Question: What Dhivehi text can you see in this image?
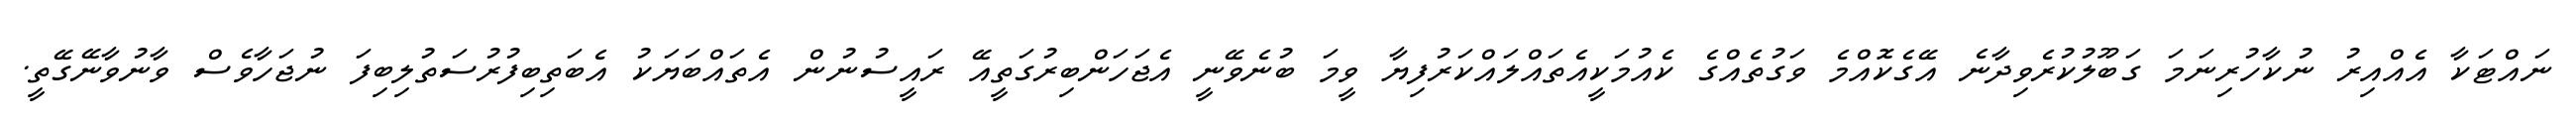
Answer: ނައްޓަކާ އެއްއިރު ނުކާހުރިނަމަ ގަބޫލުކުރެވިދާނެ އޭގެކޮއްމެ ވަގުތެއްގެ ކެއުމަކީއެތައްލައްކަރުފިޔާ ވީމަ ބުނެވޭނީ އެޖަހަންބިރުގަތީއޭ ރައީސުނުން އެތައްބަޔަކު އެބަތިބިފުރުސަތުލިބިފަ ނުޖަހާވެސް ވާނުވާނޭގޭތީ.